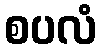
စပလံ